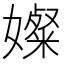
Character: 𫱼